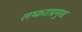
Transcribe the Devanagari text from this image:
लष्कराप्रमुख